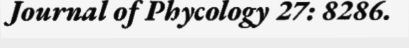
Journal of Phycology 27: 8286.